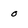
Character: o